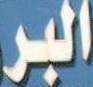
البر